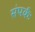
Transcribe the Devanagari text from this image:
संपर्कः